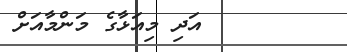
٣٢       އަދި މިއަޅާގެ މަންމާއަށް